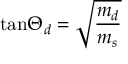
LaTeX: \mathrm { t a n } \Theta _ { d } = \sqrt { \frac { m _ { d } } { m _ { s } } }